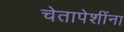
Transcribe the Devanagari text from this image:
चेतापेशींना